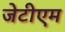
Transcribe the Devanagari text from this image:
जेटीएम